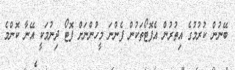
ބޭނުން ކުރުމުގެ އިތުރުން އެފޮޓޯތަކުން ފެންނަ މީހުންނަށް ފޮޓޯ ދިނުމަކީ އޭނާ ކޮންމެ